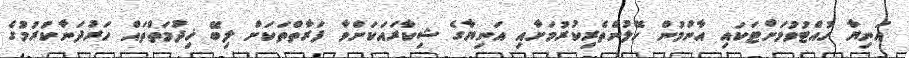
އަނިޔާ ހުއްޓުވުމަށްޓަކައި އާންމުން ހޭލުންތެރިކުރުމަށާއި އަނިޔާގެ ޝިކާރައަކަށްވާ ފަރާތްތަކަށް ލިބޭ ޚިދުމަތްތައް ހަރުދަނާކުރުމުގެ